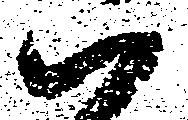
ハ